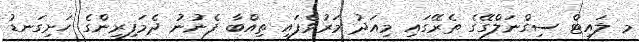
މ ލައިޓް ސިގްނަލްގޭގެ ތެރޭގައި މިއަދު މަރުވެފައި ތިއްބާ ފެނުނު ދެމަފިރިންގެ ހަށިގަނޑު